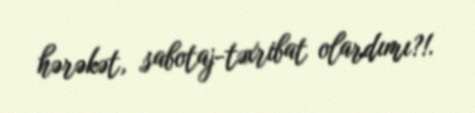
hərəkət, sabotaj-təxribat olardımı?!.